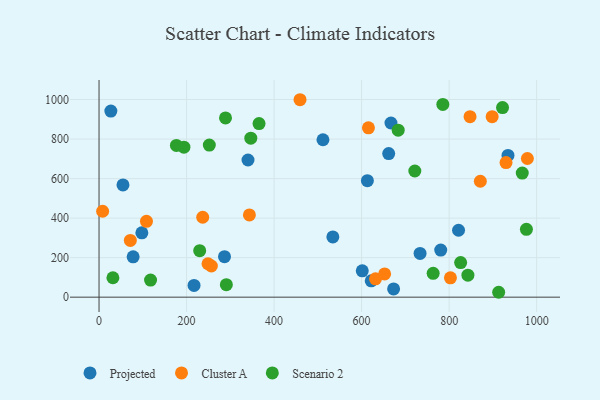
{"axis": {"x": "Study Hours", "y": "Rating"}, "legend": ["Cluster A", "Projected", "Scenario 2"], "data": [{"x": "54.7", "y": 567.8, "type": "Projected"}, {"x": "613.2", "y": 589.4, "type": "Projected"}, {"x": "286.7", "y": 204.6, "type": "Projected"}, {"x": "667.1", "y": 881.3, "type": "Projected"}, {"x": "780.8", "y": 238.3, "type": "Projected"}, {"x": "217.1", "y": 59.5, "type": "Projected"}, {"x": "661.9", "y": 726.3, "type": "Projected"}, {"x": "733.6", "y": 221.3, "type": "Projected"}, {"x": "511.7", "y": 796.6, "type": "Projected"}, {"x": "821.5", "y": 338.5, "type": "Projected"}, {"x": "97.8", "y": 325.7, "type": "Projected"}, {"x": "27.0", "y": 941.7, "type": "Projected"}, {"x": "77.9", "y": 204.2, "type": "Projected"}, {"x": "934.5", "y": 717.0, "type": "Projected"}, {"x": "340.4", "y": 693.9, "type": "Projected"}, {"x": "673.1", "y": 41.5, "type": "Projected"}, {"x": "622.0", "y": 82.6, "type": "Projected"}, {"x": "534.3", "y": 304.7, "type": "Projected"}, {"x": "601.5", "y": 133.0, "type": "Projected"}, {"x": "871.3", "y": 586.4, "type": "Cluster A"}, {"x": "249.0", "y": 169.1, "type": "Cluster A"}, {"x": "236.9", "y": 404.2, "type": "Cluster A"}, {"x": "8.2", "y": 434.6, "type": "Cluster A"}, {"x": "631.8", "y": 92.6, "type": "Cluster A"}, {"x": "615.6", "y": 856.6, "type": "Cluster A"}, {"x": "978.8", "y": 701.7, "type": "Cluster A"}, {"x": "898.3", "y": 913.3, "type": "Cluster A"}, {"x": "71.5", "y": 287.3, "type": "Cluster A"}, {"x": "652.6", "y": 117.8, "type": "Cluster A"}, {"x": "459.3", "y": 999.0, "type": "Cluster A"}, {"x": "343.6", "y": 416.2, "type": "Cluster A"}, {"x": "256.7", "y": 157.6, "type": "Cluster A"}, {"x": "108.4", "y": 383.7, "type": "Cluster A"}, {"x": "930.0", "y": 681.0, "type": "Cluster A"}, {"x": "803.0", "y": 97.6, "type": "Cluster A"}, {"x": "847.8", "y": 913.1, "type": "Cluster A"}, {"x": "290.9", "y": 63.3, "type": "Scenario 2"}, {"x": "842.9", "y": 111.2, "type": "Scenario 2"}, {"x": "117.7", "y": 86.6, "type": "Scenario 2"}, {"x": "967.1", "y": 627.9, "type": "Scenario 2"}, {"x": "176.8", "y": 768.0, "type": "Scenario 2"}, {"x": "194.0", "y": 759.1, "type": "Scenario 2"}, {"x": "721.6", "y": 638.4, "type": "Scenario 2"}, {"x": "252.0", "y": 769.5, "type": "Scenario 2"}, {"x": "346.8", "y": 804.4, "type": "Scenario 2"}, {"x": "289.0", "y": 906.7, "type": "Scenario 2"}, {"x": "763.5", "y": 120.8, "type": "Scenario 2"}, {"x": "683.6", "y": 844.8, "type": "Scenario 2"}, {"x": "913.2", "y": 24.7, "type": "Scenario 2"}, {"x": "365.6", "y": 878.1, "type": "Scenario 2"}, {"x": "230.0", "y": 235.3, "type": "Scenario 2"}, {"x": "922.0", "y": 959.1, "type": "Scenario 2"}, {"x": "976.6", "y": 343.1, "type": "Scenario 2"}, {"x": "31.7", "y": 98.1, "type": "Scenario 2"}, {"x": "785.6", "y": 975.1, "type": "Scenario 2"}, {"x": "826.3", "y": 174.8, "type": "Scenario 2"}]}